Vaccination in Bombay 1869-1873 - 1869-1873
Year: 1869
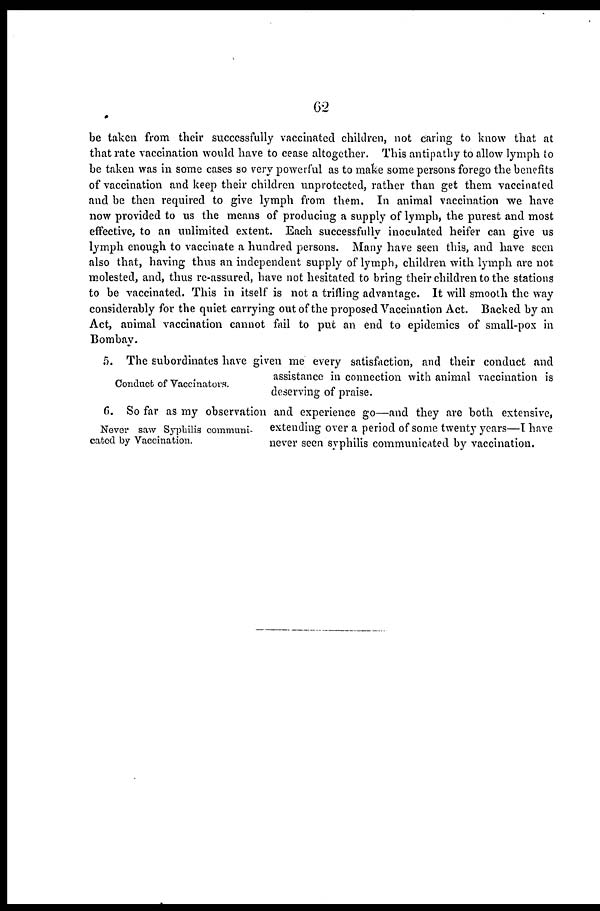
62
be taken from their successfully vaccinated children, not caring to know that at
that rate vaccination would have to cease altogether. This antipathy to allow lymph to
be taken was in some cases so very powerful as to make some persons forego the benefits
of vaccination and keep their children unprotected, rather than get them vaccinated
and be then required to give lymph from them. In animal vaccination we have
now provided to us the means of producing a supply of lymph, the purest and most
effective, to an unlimited extent. Each successfully inoculated heifer can give us
lymph enough to vaccinate a hundred persons. Many have seen this, and have seen
also that, having thus an independent supply of lymph, children with lymph are not
molested, and, thus re-assured, have not hesitated to bring their children to the stations
to be vaccinated. This in itself is not a trifling advantage. It will smooth the way
considerably for the quiet carrying out of the proposed Vaccination Act. Backed by an
Act, animal vaccination cannot fail to put an end to epidemics of small-pox in
Bombay.
Conduct of Vaccinators.
5. The subordinates have given me every satisfaction, and their conduct and
assistance in connection with animal vaccination is
deserving of praise.
Never saw Syphilis communi-
cated by Vaccination.
6. So far as my observation and experience go—and they are both extensive,
extending over a period of some twenty years—I have
never seen syphilis communicated by vaccination.